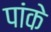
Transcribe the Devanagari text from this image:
पांके